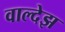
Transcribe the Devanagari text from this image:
वाल्देझ